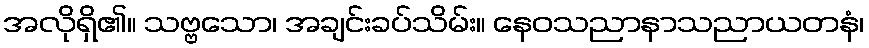
အလိုရှိ၏။ သဗ္ဗသော၊ အချင်းခပ်သိမ်း။ နေဝသညာနာသညာယတနံ၊